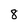
Character: 8